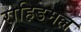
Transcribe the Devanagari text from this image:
रोहिडमल्ल